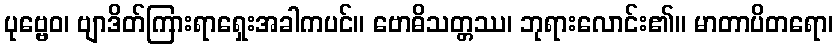
ပုဗ္ဗေဝ၊ ဗျာဒိတ်ကြားရာရှေးအခါကပင်။ ဗောဓိသတ္တဿ၊ ဘုရားလောင်း၏။ မာတာပိတရော၊